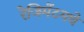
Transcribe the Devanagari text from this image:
रेजिमेंटमधे